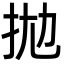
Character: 拋